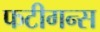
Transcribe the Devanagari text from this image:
फटीगन्स